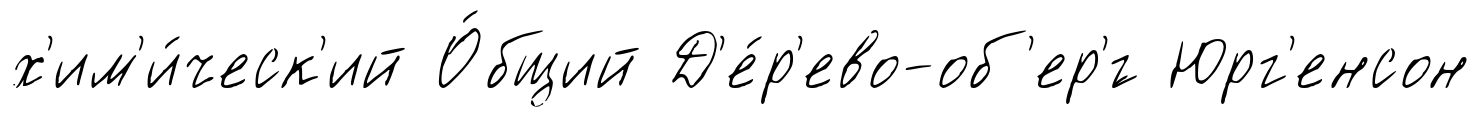
х'им'и́ческ'ий О́бщий Д'е́р'ево-об'ер'́г Юрг'енсон